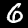
Label: 6